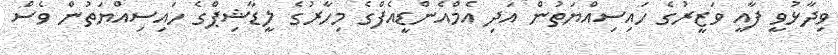
ވިދާޅުވީ ފާއީ ވަޒީރުގެ ހައިސިއްޔަތުން އަދި އެމްއެންޑީއެފްގެ މިހާރުގެ ލީޑާޝިޕްގެ ހައިސިއްޔަތުން ވެސް